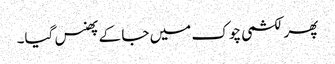
پھر لکشمی چوک میں جا کے پھنس گیا۔